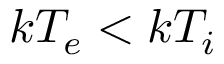
k T _ { e } < k T _ { i }